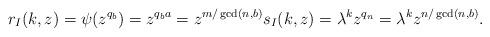
LaTeX: \begin{align*}r_I(k,z) = \psi(z^{q_b}) = z^{q_ba} = z^{m/\gcd(n,b)} s_I(k,z) = \lambda^k z^{q_n} = \lambda^k z^{n/\gcd(n,b)}.\end{align*}